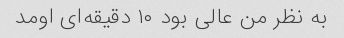
به نظر من عالی بود ۱۰ دقیقه‌ای اومد